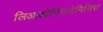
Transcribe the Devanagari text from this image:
लिआओनिंगजेनिसिस